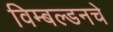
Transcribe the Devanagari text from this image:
विम्बल्डनचे